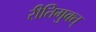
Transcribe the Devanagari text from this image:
रीतिमुक्त्